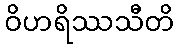
ဝိဟရိဿသီတိ